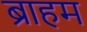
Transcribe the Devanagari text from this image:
ब्राहम